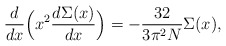
\begin{align*}\frac{d}{dx}\Bigl(x^2 \frac{d\Sigma(x)}{dx}\Bigr)=-\frac{32}{3\pi^2 N}\Sigma (x),\end{align*}